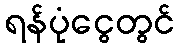
ရန်ပုံငွေတွင်